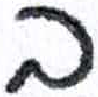
אות: ב